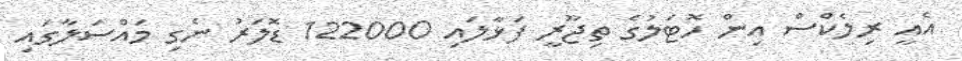
އެއީ ރިލެކްސް އިން ހޮޓަލުގެ ތިޖޫރީ ފަޅާލައި 122000 ޑޮލަރު ނެގި މައްސަލާގައި